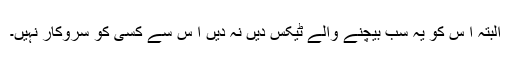
البتہ ا س کو یہ سب بیچنے والے ٹیکس دیں نہ دیں ا س سے کسی کو سروکار نہیں۔